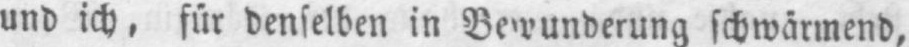
schwärmend,